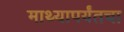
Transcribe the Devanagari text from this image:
माथ्यापर्यंतचा